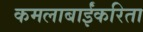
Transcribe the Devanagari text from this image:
कमलाबाईंकरिता